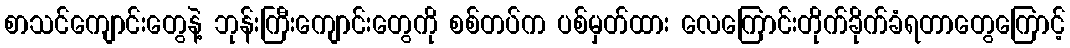
စာသင်ကျောင်းတွေနဲ့ ဘုန်းကြီးကျောင်းတွေကို စစ်တပ်က ပစ်မှတ်ထား လေကြောင်းတိုက်ခိုက်ခံရတာတွေကြောင့်